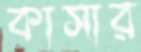
কাসার